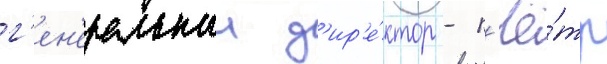
г'ен'еральныи д'ир'е́ктор - п'ё́тр